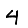
Digit: 4